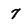
Character: 7